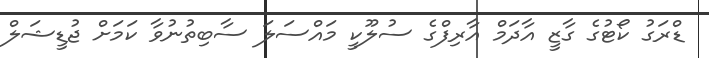
ޑްރަގު ކޯޓުގެ ގާޒީ އާދަމް އާރިފްގެ ސުލޫކީ މައްސަލަ ސާބިތުނުވާ ކަމަށް ޖުޑީޝަލް